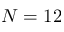
N = 1 2